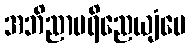
အဘိညာပရိညေယျံပေ